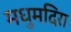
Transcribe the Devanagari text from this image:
मधुमदिरा